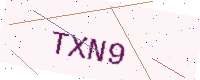
Text: TXN9